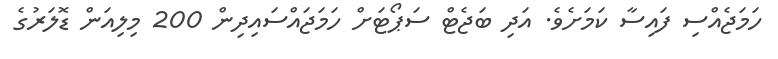
ހަމަޖެއްސި ފައިސާ ކަމަށެވެ. އަދި ބަޖެޓް ސަޕޯޓަށް ހަމަޖައްސައިދިން 200 މިލިއަން ޑޮލަރުގެ